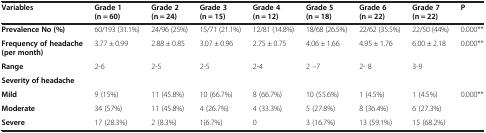
<table><thead><tr><td><b>Variables</b></td><td><b>Grade 1 (n = 60)</b></td><td><b>Grade 2 (n = 24)</b></td><td><b>Grade 3 (n = 15)</b></td><td><b>Grade 4 (n = 12)</b></td><td><b>Grade 5 (n = 18)</b></td><td><b>Grade 6 (n = 22)</b></td><td><b>Grade 7 (n = 22)</b></td><td><b>P</b></td></tr></thead><tbody><tr><td><b>Prevalence No (%)</b></td><td>60/193 (31.1%)</td><td>24/96 (25%)</td><td>15/71 (21.1%)</td><td>12/81 (14.8%)</td><td>18/68 (26.5%)</td><td>22/62 (35.5%)</td><td>22/50 (44%)</td><td>0.000**</td></tr><tr><td><b>Frequency of headache (per month)</b></td><td>3.77 ± 0.99</td><td>2.88 ± 0.85</td><td>3.07 ± 0.96</td><td>2.75 ± 0.75</td><td>4.06 ± 1.66</td><td>4.95 ± 1.76</td><td>6.00 ± 2.18</td><td rowspan="2">0.000**</td></tr><tr><td><b>Range</b></td><td>2-6</td><td>2-5</td><td>2-5</td><td>2-4</td><td>2 –7</td><td>2- 8</td><td>3-9</td></tr><tr><td><b>Severity of headache</b></td><td> </td><td> </td><td> </td><td> </td><td> </td><td> </td><td> </td><td> </td></tr><tr><td><b>Mild</b></td><td>9 (15%)</td><td>11 (45.8%)</td><td>10 (66.7%)</td><td>8 (66.7%)</td><td>10 (55.6%)</td><td>1 (4.5%)</td><td>1 (4.5%)</td><td rowspan="3">0.000**</td></tr><tr><td><b>Moderate</b></td><td>34 (57%)</td><td>11 (45.8%)</td><td>4 (26.7%)</td><td>4 (33.3%)</td><td>5 (27.8%)</td><td>8 (36.4%)</td><td>6 (27.3%)</td></tr><tr><td><b>Severe</b></td><td>17 (28.3%)</td><td>2 (8.3%)</td><td>1(6.7%)</td><td>0</td><td>3 (16.7%)</td><td>13 (59.1%)</td><td>15 (68.2%)</td></tr></tbody></table>